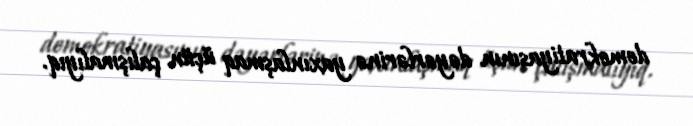
demokratiyasının dəyərlərinə yaxınlaşmaq üçün çalışmalıyıq.